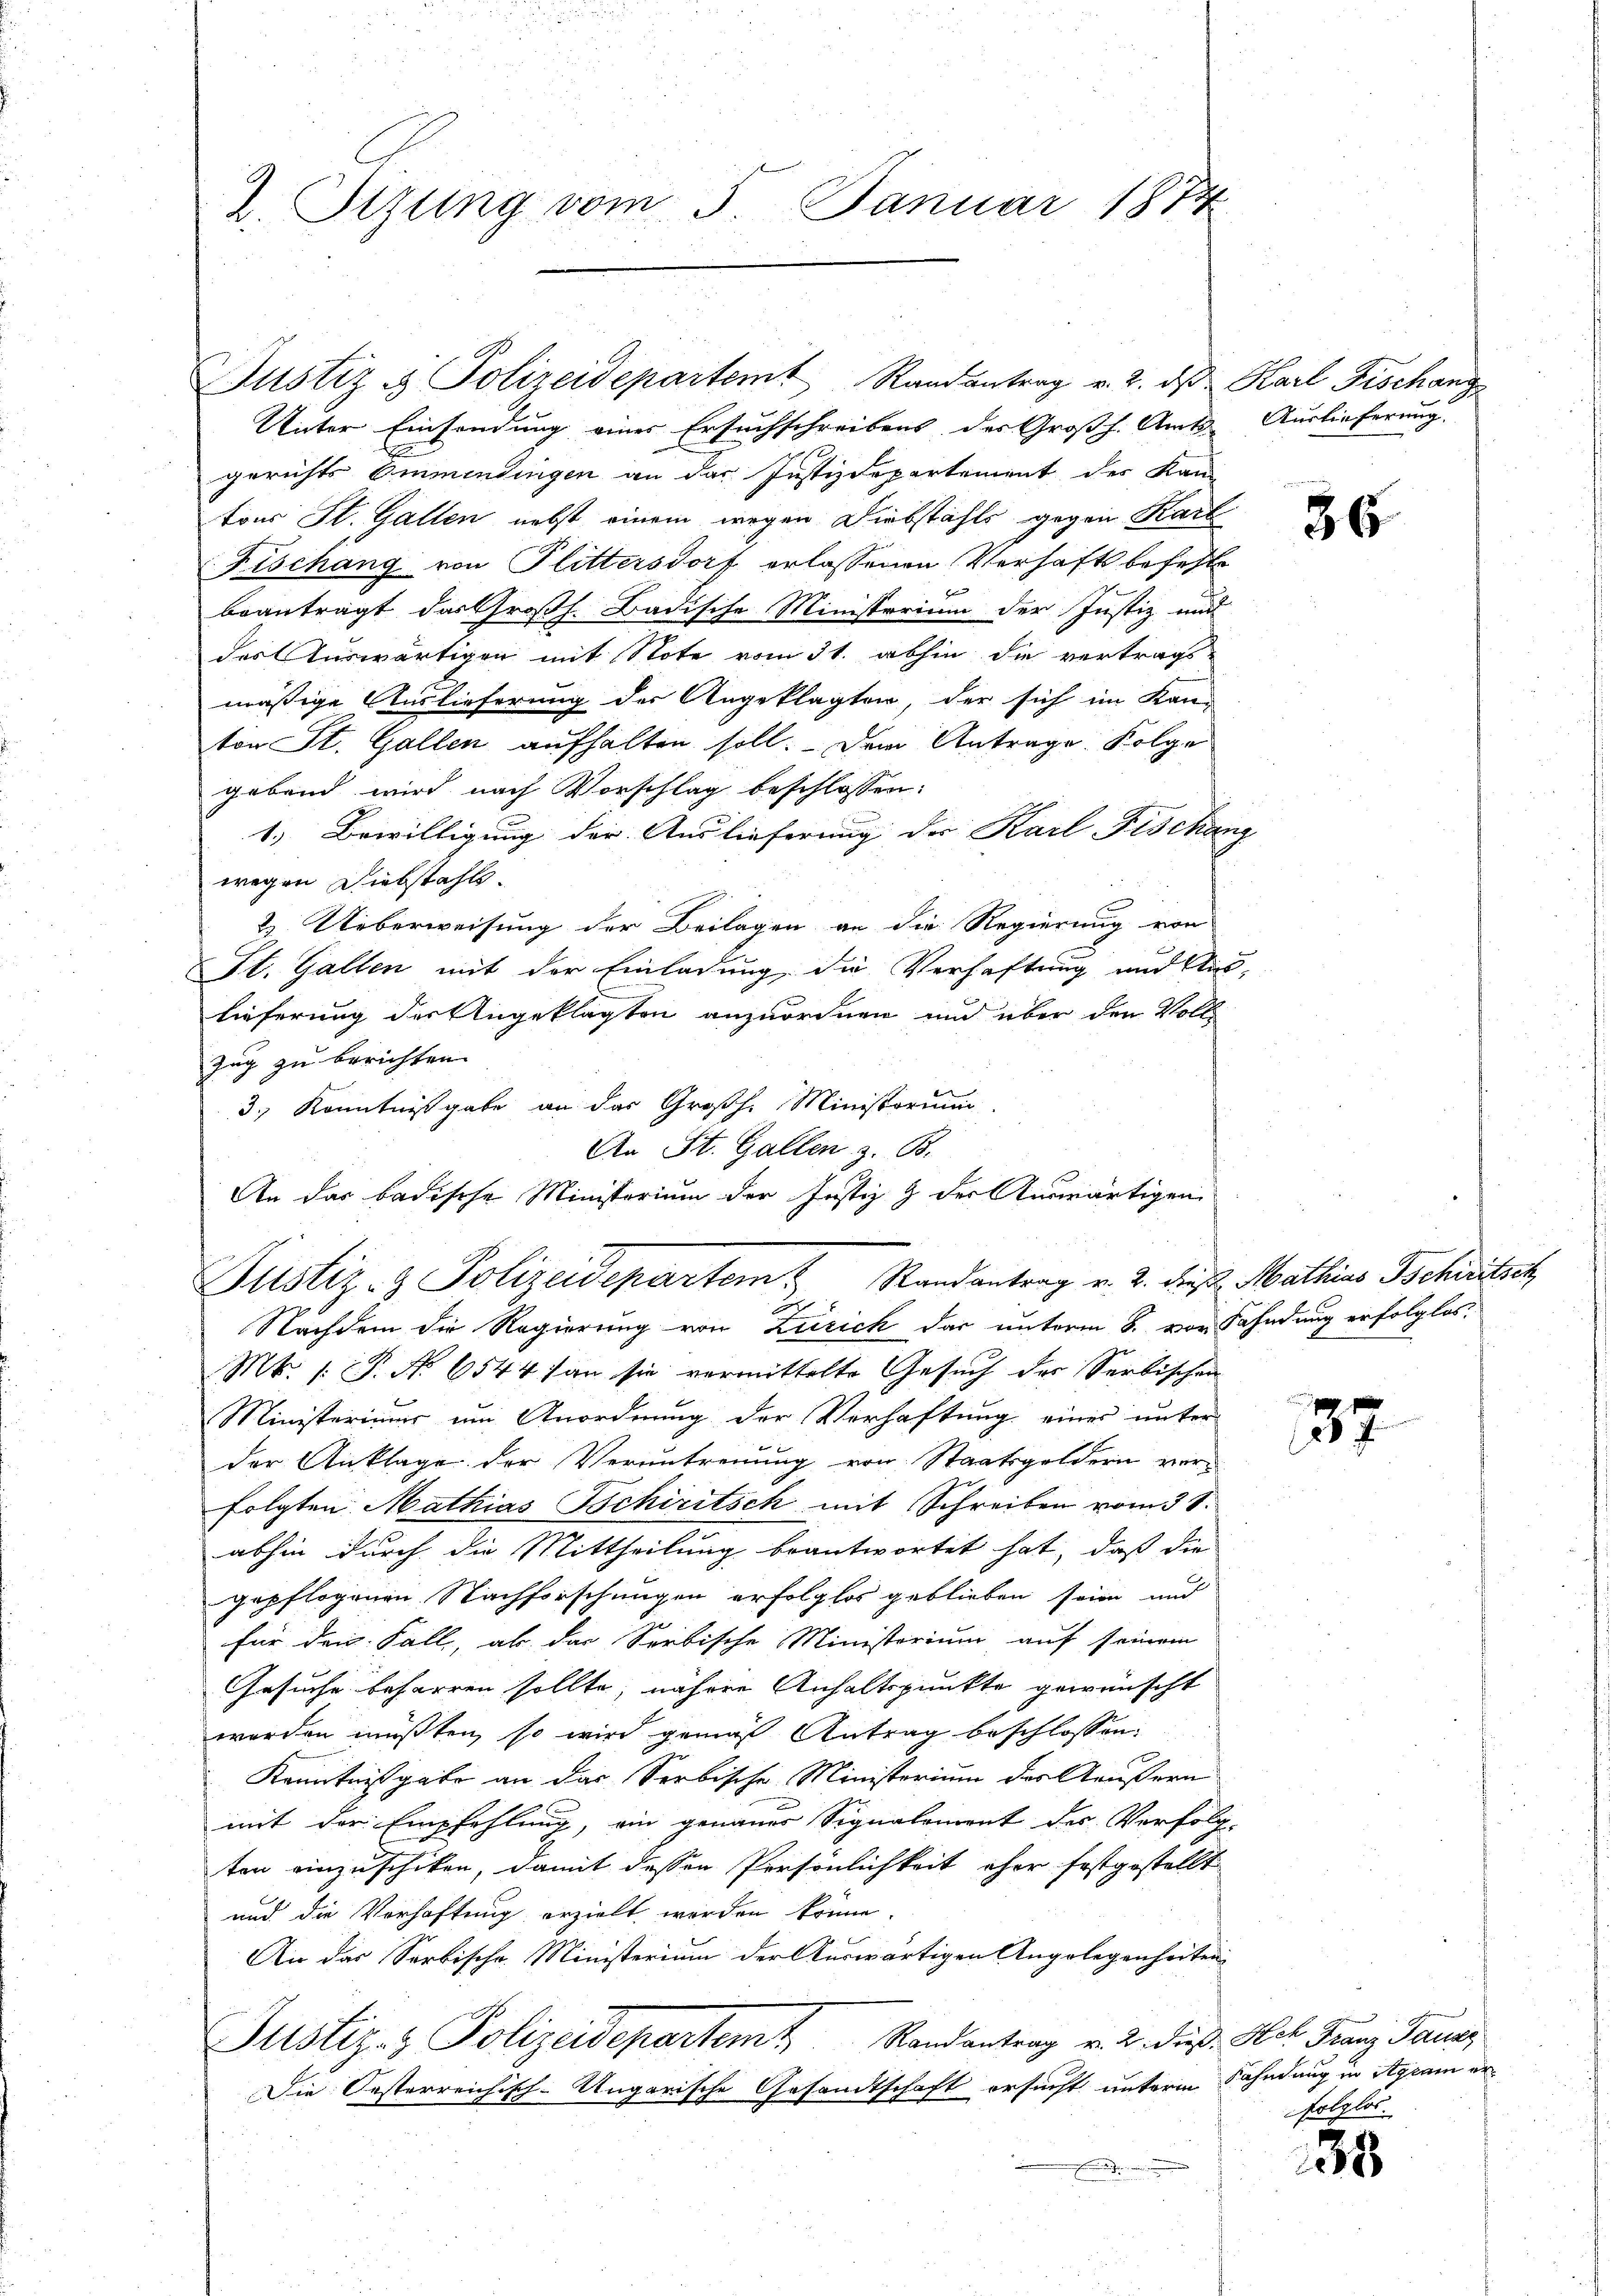
2. Tizung vom 5. Januar 1874.

Unter Einsendung einer Ersuchschreibens des Großh. Amts Auslieferung.
gerichts Emmentingen an das Justizdepartement des Kan-
tons St. Gallen nebst einem wegen Diebstahls gegen Karl
Fischang von Flittersdorf erlassenen Verhafts befehle
beantragt das Großh. Badische Ministerium der Justiz und
des Auswärtigen mit Note vom 31. abhin die vertrags-
mäßige Auslieferung der Angeklagten, der sich im Kan-
ton St. Gallen aufhalten soll. Dem Antrage Folge
gebend wird nach Vorschlag beschlossen:
1.) Bewilligung der Auslieferung der Karl Fischang
wegen Diebstahls.
2. Ueberweisung der Beilagen an die Regierung von
St. Gallen mit der Einladung, die Verhaftung und Auslieferung der Angeklagten anzuordnen und über den Voll
Zug zu berichten.
3., Kenntnißgabe an das Großh. Ministorium
An St. Gallen z. B.
An das badische Ministerium der Justiz & der Auswärtigen

Justiz & Polizeidepartem Randantrag v. 2. ds Karl Fischang

Justiz- & Polizeidepartem Randantrag v. 2. Frist Mathias Schritsch

Nachdem die Regierung von Zürich das unterm 8. von Fahndung erfolglos.
Mk. 1. P. No 6544 an sie vermittelte Gesuch der Serbischen
Ministeriums um Anordnung der Verhaftung eines unter
der Anklage der Veruntreuung von Staatsgeldern vorfolgten Mathias Schiritsch mit Schreiben vom 38.
abhin durch die Mittheilung beantwortet hat, daß die
gepflogenen Nachforschungen erfolglos geblieben seien und
für den Fall, als das Serbische Ministerium auf seinem
Gesuche beharren sollte, nähere Anhaltspunkte gewünscht
werden müßten, so wird gemäß Antrag beschlossen:
Kenntnißgabe an das Serbische Ministerium des Aeußern
mit der Empfehlung, ein genauer Signalement der Verfolg-
ten einzuschiken, damit dessen Persönlichkeit eher festgestellt
und die Vorhaftung erzielt werden könne.
An das Serbische Ministerium der Auswärtigen Angelegenheiten
Justiz- & Polizeidepartemt Randantrag v. 2. dieß. Hat Franz Baues
Die Oesterreichisch-Ungarische Gesandtschaft ersucht unterm Fahndung in Agram er¬

36

37

Polglos.

38